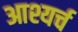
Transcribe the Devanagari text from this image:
आश्यर्च